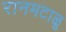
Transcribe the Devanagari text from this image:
रानमटाळू